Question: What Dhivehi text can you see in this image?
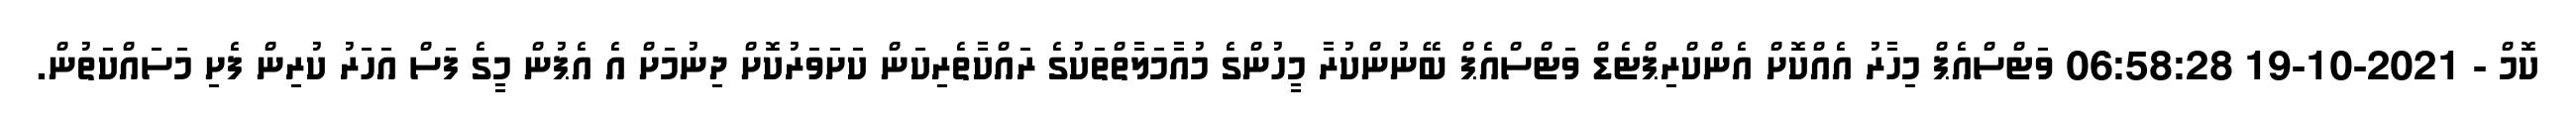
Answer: ކޮމް - 2021-10-19 06:58:28 ވަޓްސްއެޕް މިހާރު އެއްކޮށް އެންކްރިޕްޓެޑް ވަޓްސްއެޕް ބޭނުންކުރާ މީހުންގެ މުއާމަލާތްތަކުގެ ރައްކާތެރިކަން ކަށަވަރުކޮށް ދިނުމަށް އެ އެޕުން މީގެ ފަސް އަހަރު ކުރިން ފެށި މަސައްކަތުން.